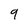
Character: 9